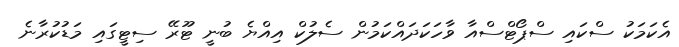
އެކަމަކު ސްކައި ސްޕޯޓްސްއާ ވާހަކަދައްކަމުން ސެލުކް އިއްޔެ ބުނީ ޓޫރޭ ސިޓީގައި މަޑުކުރާނެ